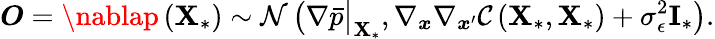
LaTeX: \boldsymbol{O}=\nablap\left(\boldsymbol{\mathbf{X}}_{*}\right)\sim\mathcal{{N}}\left(\nabla\bar{{p}}\big|_{\boldsymbol{\mathbf{X}}_{*}},\nabla_{\boldsymbol{x}}\nabla_{\boldsymbol{x}^{\prime}}\mathcal{{C}}\left(\boldsymbol{\mathbf{X}}_{*},\boldsymbol{\mathbf{X}}_{*}\right)+\sigma_{\epsilon}^{2}\mathbf{{I}}_{*}\right).